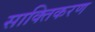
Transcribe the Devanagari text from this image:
साक्तिकरण